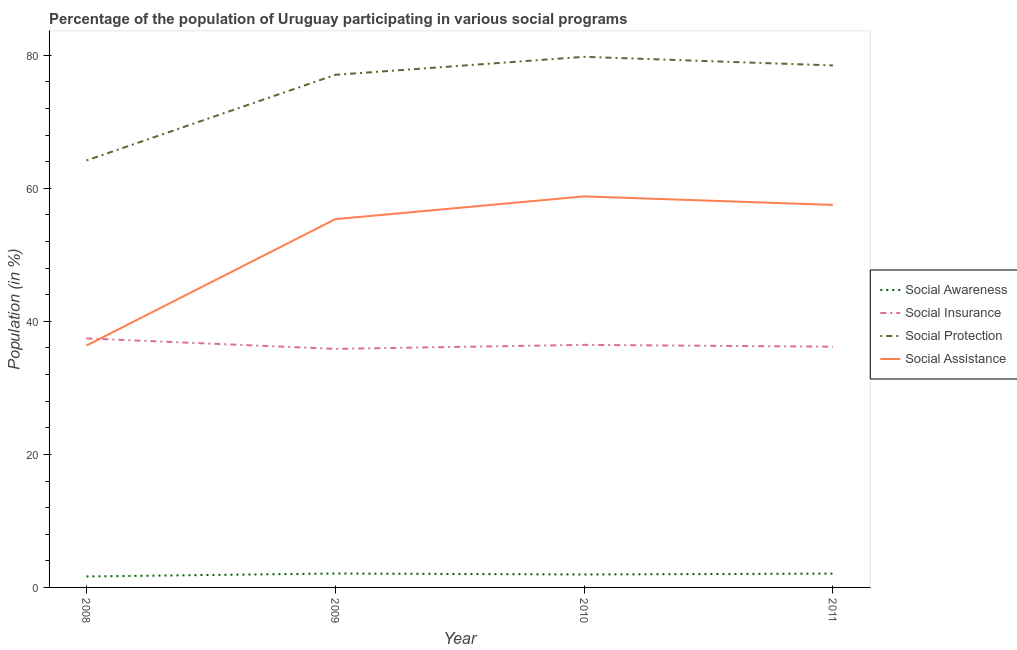
| Year | Social Awareness | Social Insurance | Social Protection | Social Assistance |
 | --- | --- | --- | --- | --- |
 | 2008 | 1.65 | 37.4 | 64.2 | 36.4 |
 | 2009 | 2.1 | 35.9 | 77.1 | 55.4 |
 | 2010 | 1.95 | 36.5 | 79.8 | 58.8 |
 | 2011 | 2.08 | 36.2 | 78.5 | 57.5 |